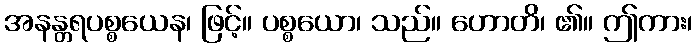
အနန္တရပစ္စယေန၊ ဖြင့်။ ပစ္စယော၊ သည်။ ဟောတိ၊ ၏။ ဤကား၊